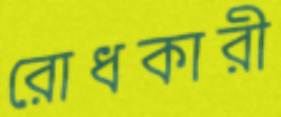
রোধকারী